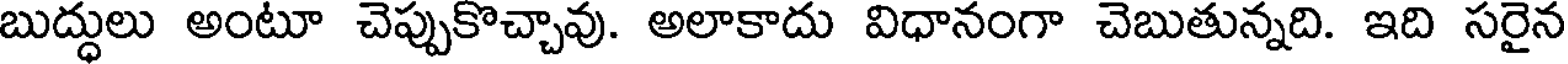
బుద్ధులు అంటూ చెప్పుకొచ్చావు. అలాకాదు విధానంగా చెబుతున్నది. ఇది సరైన